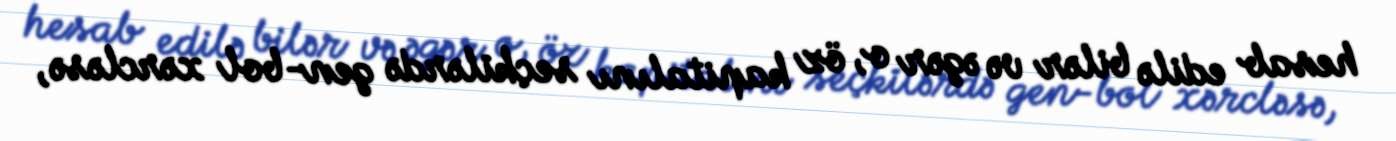
hesab edilə bilər və əgər o, öz kapitalını seçkilərdə gen-bol xərcləsə,